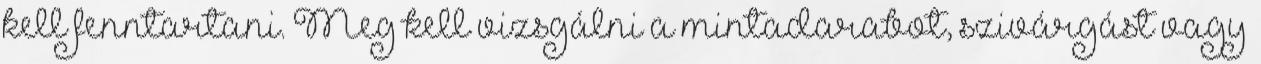
kell fenntartani. Meg kell vizsgálni a mintadarabot, szivárgást vagy